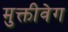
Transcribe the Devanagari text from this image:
मुक्तीवेग